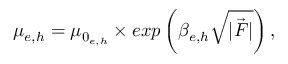
\mu _ { e , h } = \mu _ { 0 _ { e , h } } \times e x p \left( \beta _ { e , h } \sqrt { \vec { | F | } } \right) ,